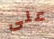
على